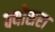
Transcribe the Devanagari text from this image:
क्योसरा